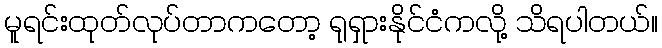
မူရင်းထုတ်လုပ်တာကတော့ ရုရှားနိုင်ငံကလို့ သိရပါတယ်။